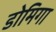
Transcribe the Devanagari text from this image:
डोमिगा